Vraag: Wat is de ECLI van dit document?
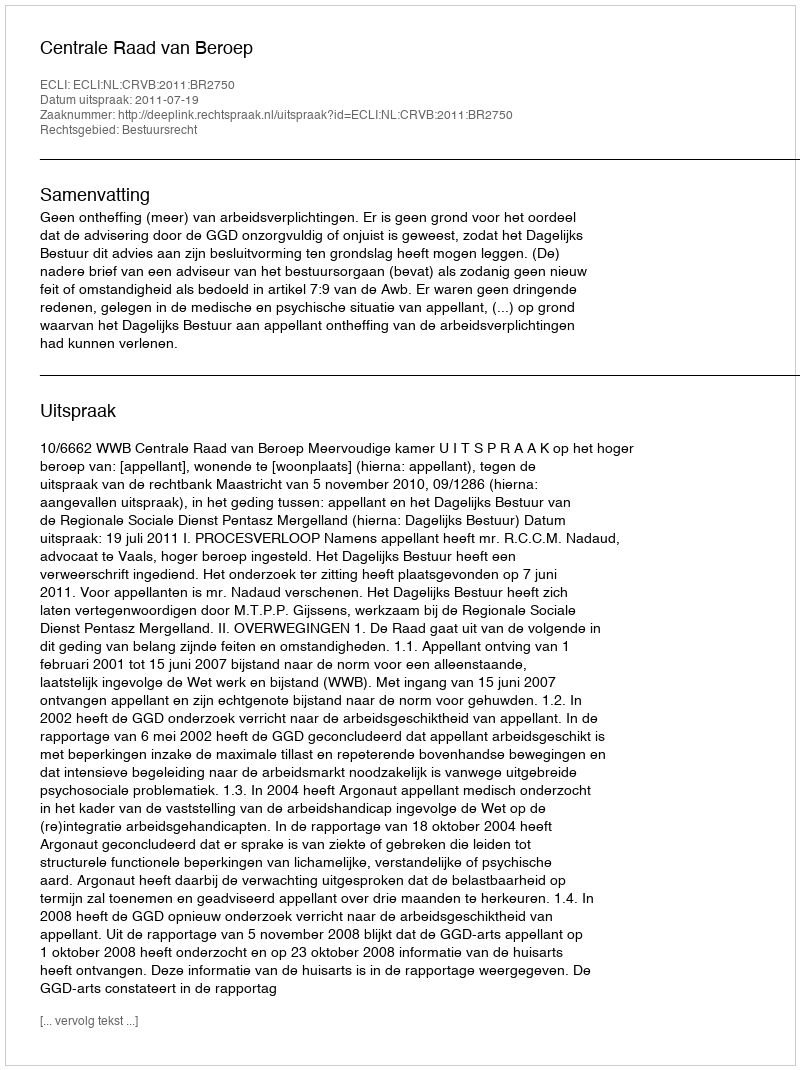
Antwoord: ECLI:NL:CRVB:2011:BR2750